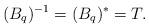
LaTeX: \begin{align*}(B_q)^{-1}=(B_q)^{*}=T.\end{align*}